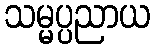
သမ္မပ္ပညာယ